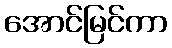
အောင်မြင်ကာ